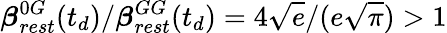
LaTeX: \boldsymbol{\beta}_{rest}^{0G}(t_{d})/\boldsymbol{\beta}_{rest}^{GG}(t_{d})=4\sqrt{e}/(e\sqrt{\pi})>1